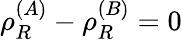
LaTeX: \rho_{R}^{(A)}-\rho_{R}^{(B)}=0